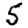
Digit: 5